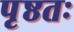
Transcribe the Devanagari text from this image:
पृष्ठतः